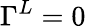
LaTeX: \Gamma^{L}=0